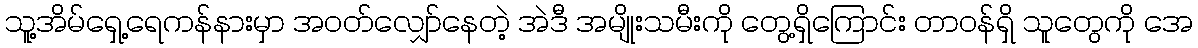
သူ့အိမ်ရှေ့ရေကန်နားမှာ အဝတ်လျှော်နေတဲ့ အဲဒီ အမျိုးသမီးကို တွေ့ရှိကြောင်း တာဝန်ရှိ သူတွေကို အေ